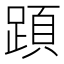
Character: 𨂠